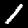
Label: 1